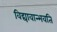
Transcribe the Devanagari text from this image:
विद्यावान्भवति